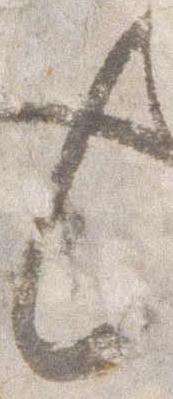
々